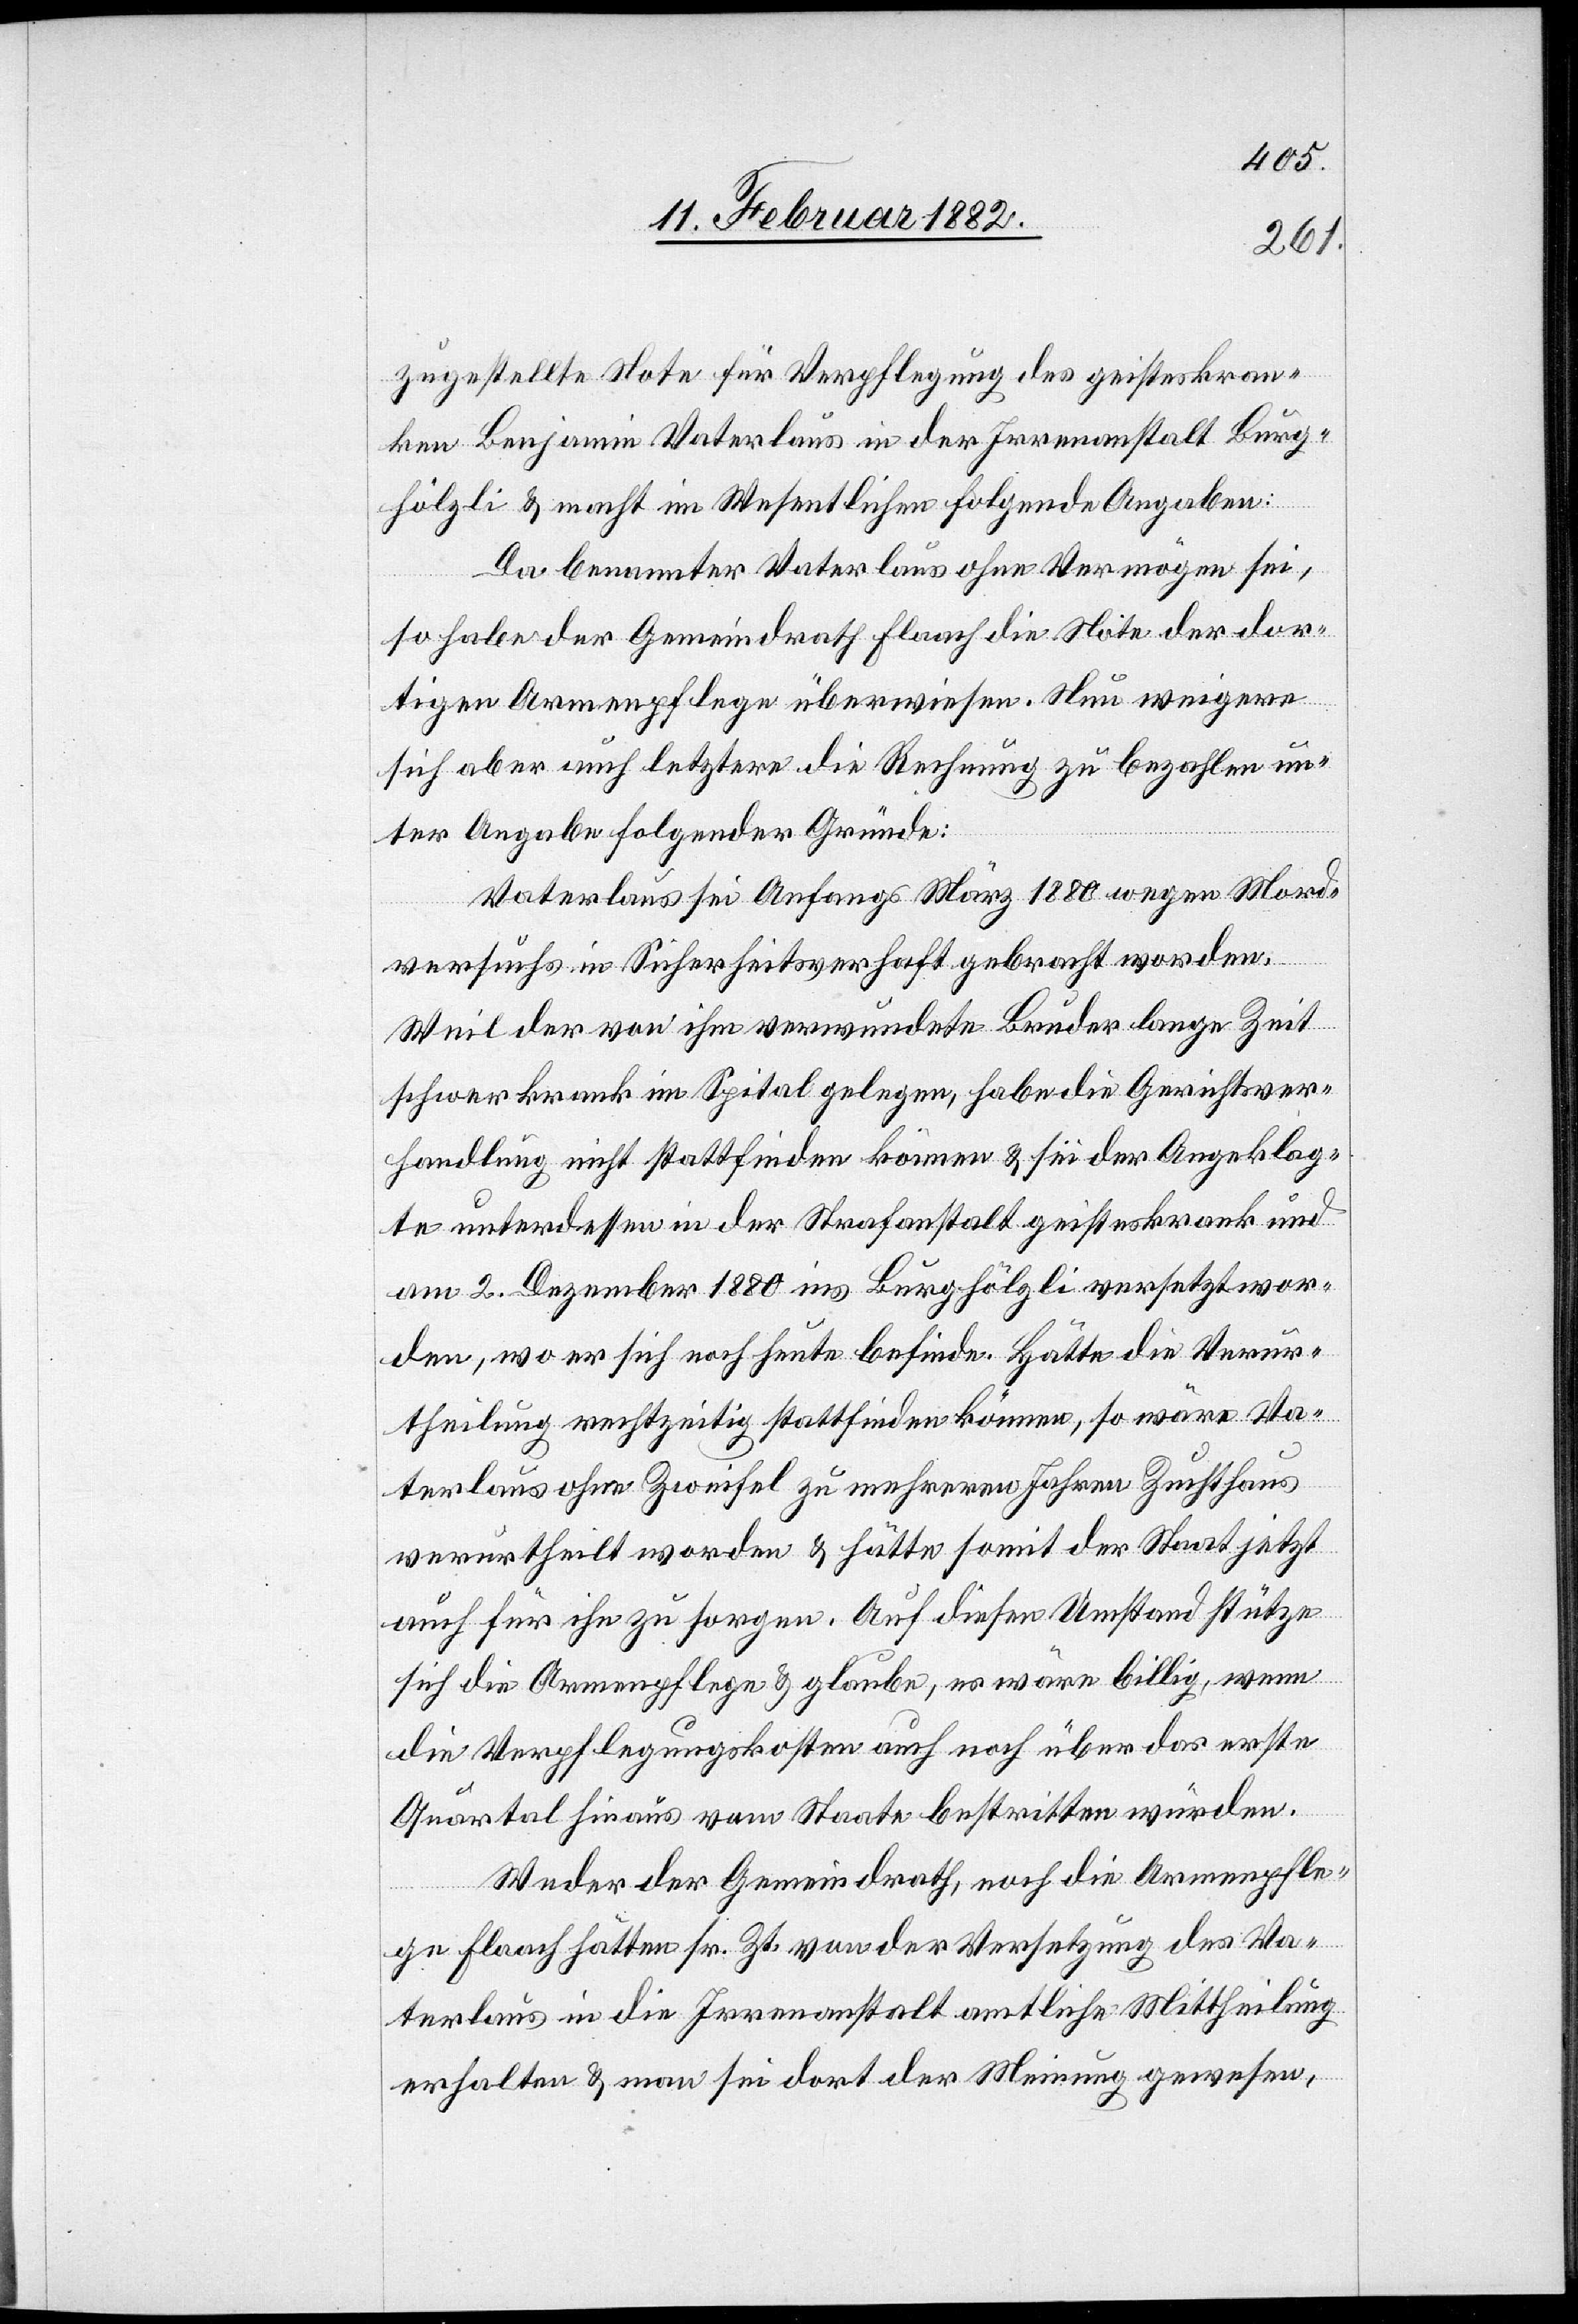
zugestellte Note für Verpflegung des geisteskran¬
ken Benjamin Vaterlaus in der Irrenanstalt Burg¬
hölzli & macht im Wesentlichen folgende Angaben:
Da benannter Vaterlaus ohne Vermögen sei,
so habe der Gemeindrath Flaach die Note der dor¬
tigen Armenpflege überwiesen. Neu weigere
sich aber auch letztere die Rechnung zu bezahlen un¬
ter Angabe folgender Gründe:
Vaterlaus sei Anfangs März 1880 wegen Mord¬
versuchs in Sicherheitsverhaft gebracht worden.
Weil der von ihm verwundete Bruder lange Zeit
schwer krank im Spital gelegen, habe die Gerichtsver¬
handlung nicht stattfinden können & sei der Angeklag¬
te unterdessen in der Strafanstalt geisteskrank und
am 2. Dezember 1880 ins Burghölzli versetzt wor¬
den, wo er sich noch heute befinde. Hätte die Verur¬
theilung rechtzeitig stattfinden können, so wäre Va¬
terlaus ohne Zweifel zu mehreren Jahren Zuchthaus
verurtheilt worden & hätte somit der Staat jetzt
auch für ihn zu sorgen. Auf diesen Umstand stütze
sich die Armenpflege & glaube, es wäre billig, wenn
die Verpflegungskosten auch noch über das erste
Quartal hinaus vom Staate bestritten würden.
Weder der Gemeindrath, noch die Armenpfle¬
ge Flaach hätten sr. Zt. von der Versetzung des Va¬
terlaus in die Irrenanstalt amtliche Mittheilung
erhalten & man sei dort der Meinung gewesen,